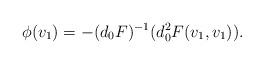
LaTeX: \begin{align*} \phi ( v_1) =- (d_0 F)^{-1} (d^2_0F(v_1,v_1)). \end{align*}